Scottish Leaving Certificate Examination, 1959
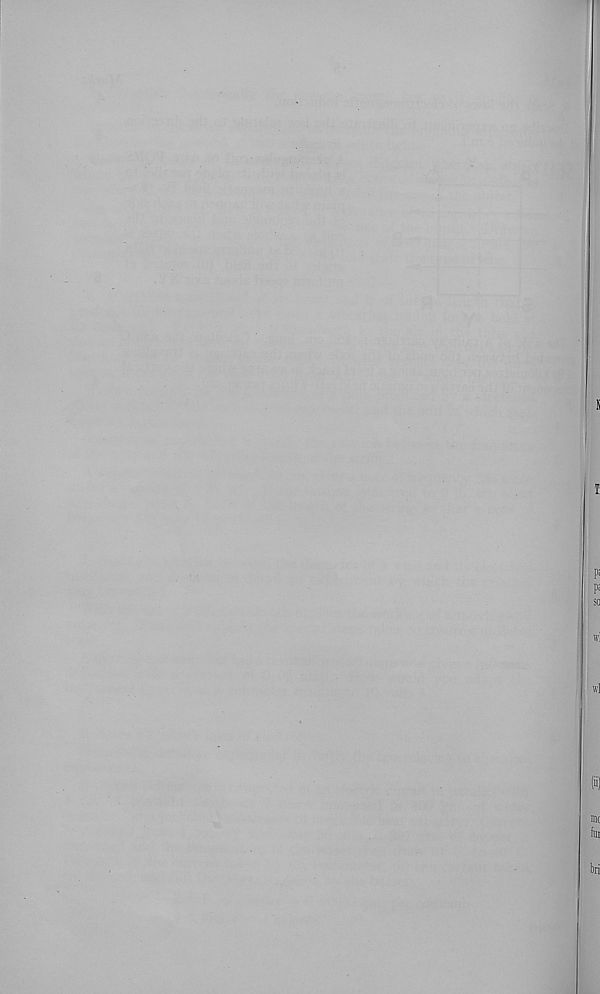
T.
P !
P :
so
w]
wl
(i)
me
fin
bri